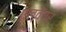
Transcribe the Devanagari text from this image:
एल्वैंगर